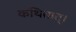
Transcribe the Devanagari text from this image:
कथितात्।